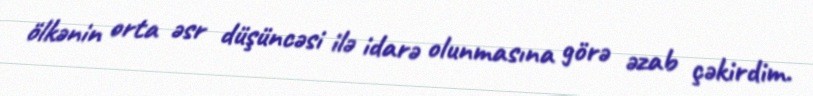
ölkənin orta əsr düşüncəsi ilə idarə olunmasına görə əzab çəkirdim.